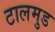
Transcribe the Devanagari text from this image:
टालमुड